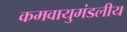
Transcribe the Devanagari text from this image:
कमवायुमंडलीय